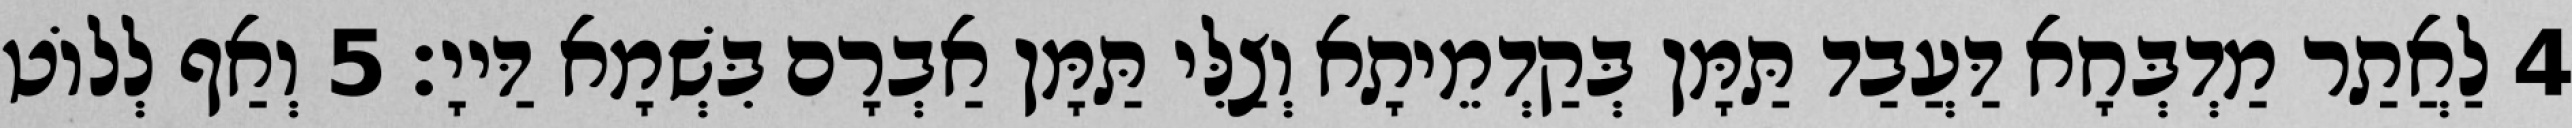
4 לַאֲתַר מַדְבְּחָא דַּעֲבַד תַּמָּן בְּקַדְמֵיתָא וְצַלִּי תַּמָּן אַבְרָם בִּשְׁמָא דַּייָ׃ 5 וְאַף לְלוֹט